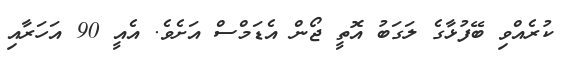
ކުރެއްވި ބޭފުޅާގެ ލަގަބު އޮތީ ޖޯން އެޑަމްސް އަށެވެ. އެއީ 90 އަހަރާއި